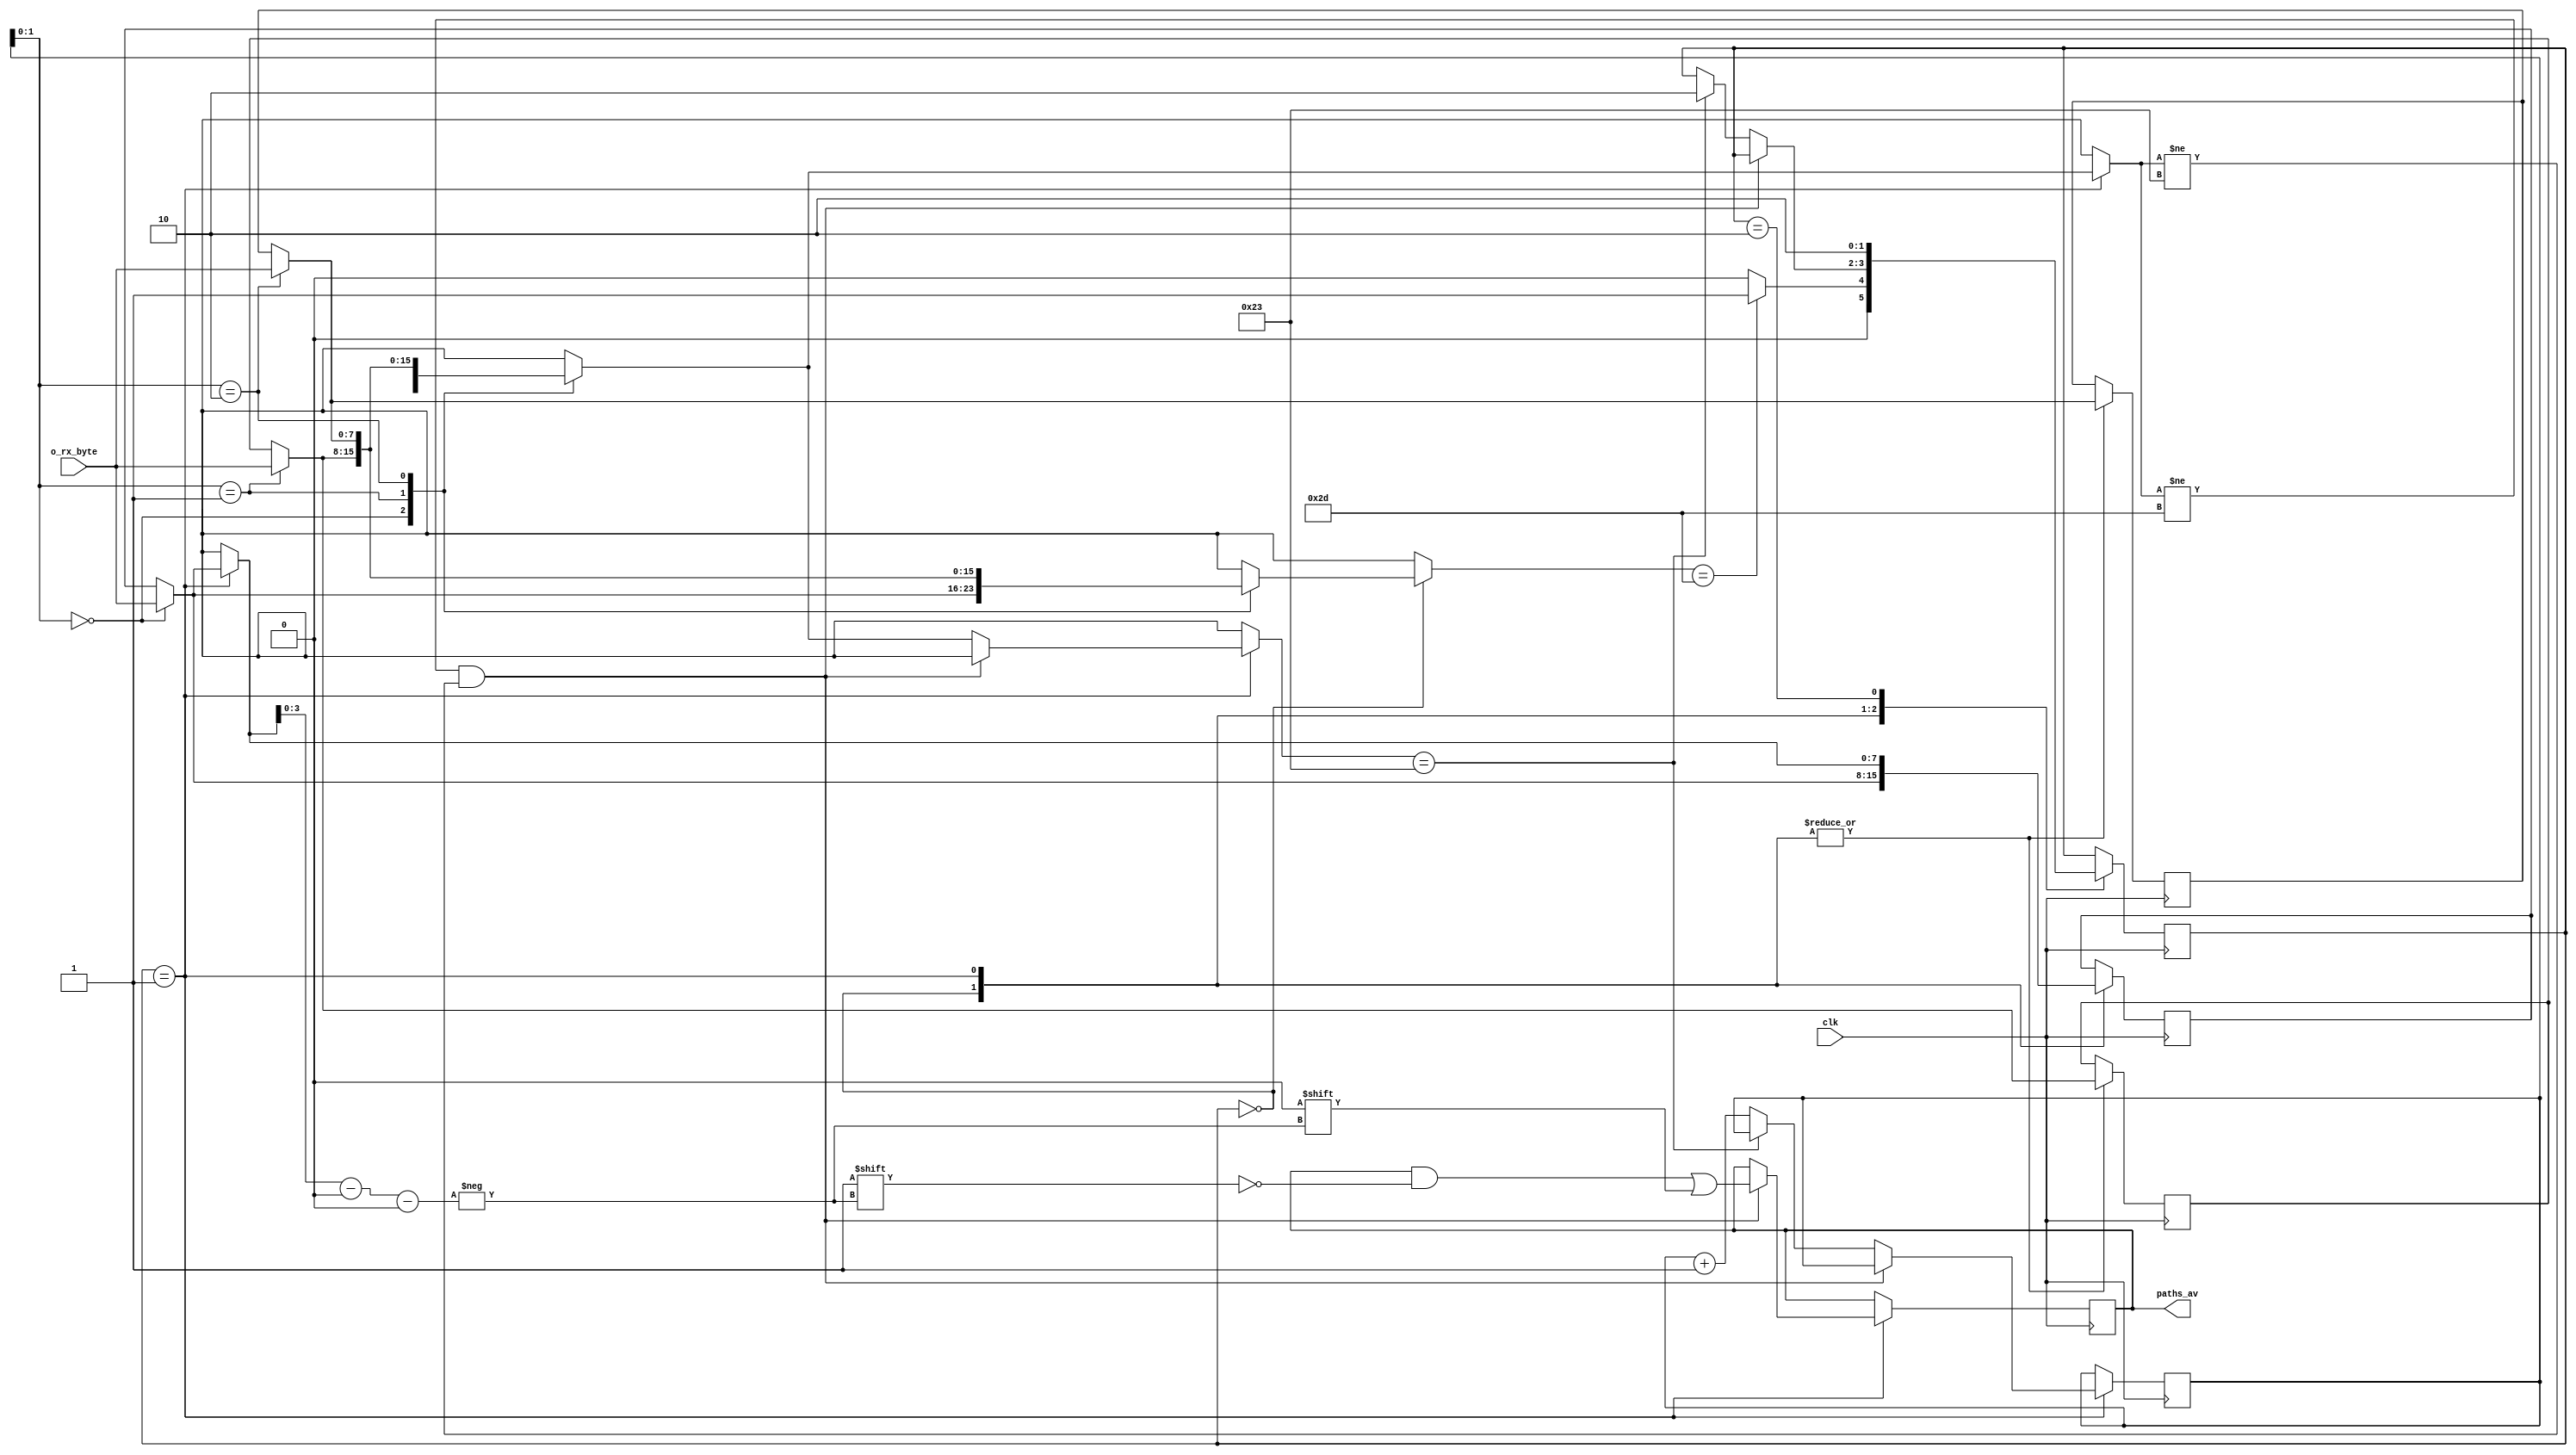
module sm_0535_uart_rx_controller( 
	input clk,
	input [7:0] o_rx_byte,
	output [16:0] paths_av // this `16 bit shows availabilty of paths each bit show a single path 
	);
	
	reg [4:0] count = 0;
	
	reg [16:0] r_paths_av = 17'b11111111101111111;
	reg [7:0] msgs_rec [2:0];
	reg [3:0] path_no ;
	
	reg [1:0] current_state = 0; 
	
	parameter START = 2'b00; 
	parameter REC_PATHS = 2'b01;
	parameter STOP = 2'b10;
	
	assign paths_av = r_paths_av;
	
	
	always @ (posedge clk)
	begin 
	
		case(current_state)
		
			START:
			begin
				msgs_rec[count] = o_rx_byte;
				if (msgs_rec[count] == "-")
				begin
					current_state = REC_PATHS;
				end
				else
				begin
					current_state = START;
				end
			end
			
			REC_PATHS:
			begin
				msgs_rec[count] = o_rx_byte;
				if(msgs_rec[count] != "-" & msgs_rec[count] != "#")
				begin
					path_no = msgs_rec[0] - 48;
					r_paths_av[path_no] = 0;
				end
				
				else if(msgs_rec[count] == "#")
				begin
					current_state = STOP;
				end
				
				else
				begin
					count = count + 1;
				end
			end
			
			STOP:
			begin
				current_state = STOP;
			end
			
		endcase
		
	end
endmodule